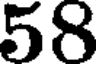
58